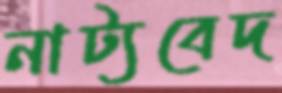
নাট্যবেদ